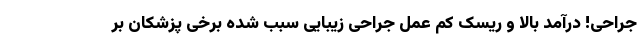
جراحی! درآمد بالا و ریسک کم عمل جراحی زیبایی سبب شده برخی پزشکان بر